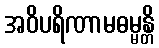
အဝိပရိဏာမဓမ္မန္တိ